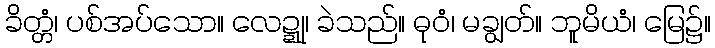
ခိတ္တံ၊ ပစ်အပ်သော။ လေဍ္ဍု၊ ခဲသည်။ ဓုဝံ၊ မချွတ်။ ဘူမိယံ၊ မြေ၌။